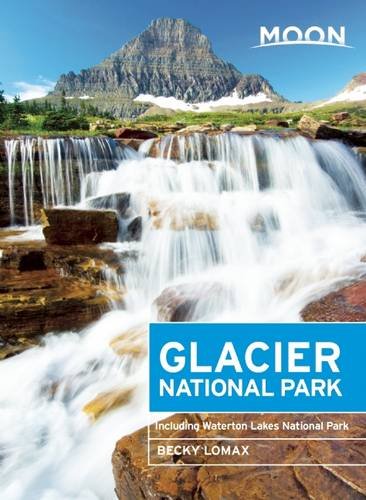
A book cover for Moon Glacier National Park: Including Waterton Lakes National Park (Moon Handbooks); Becky Lomax; Travel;